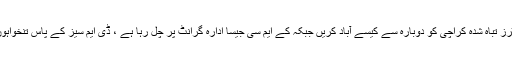
موجودہ ایڈمنسٹریٹرز تباہ شدہ کراچی کو دوبارہ سے کیسے آباد کریں جبکہ کے ایم سی جیسا ادارہ گرانٹ پر چل رہا ہے ، ڈی ایم سیز کے پاس تنخواہوں کے پیسے نہیں۔